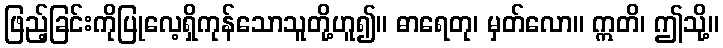
ဖြည့်ခြင်းကိုပြုလေ့ရှိကုန်သောသူတို့ဟူ၍။ ဓာရေတု၊ မှတ်လော။ ဣတိ၊ ဤသို့။